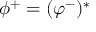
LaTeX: \phi ^ { + } = ( \varphi ^ { - } ) ^ { * }